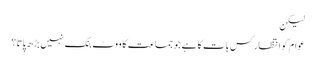
لیکن
عوام کو انتظار کس بات کا ہے جو جماعت کا ووٹ بنک نہیں بڑھ پاتا؟